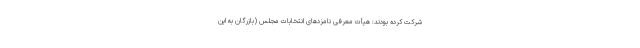
شرکت کرده بودند: هیأت معرفی نامزدهای انتخابات مجلس (بازرگان به این